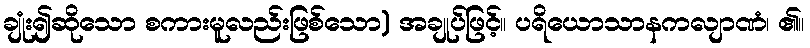
ချုံး၍ဆိုသော စကားမူလည်းဖြစ်သော) အချုပ်ဖြင့်။ ပရိယောသာနကလျာဏံ၊ ၏။